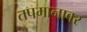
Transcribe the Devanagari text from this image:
तपमानावर